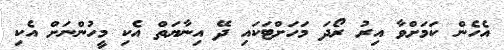
އެހެން ކަމަށްވާ އިރު ރޯދަ މަހަށްޓަކައި ދޭ އިނާޔަތް އެކި މީހުންނަށް އެކި